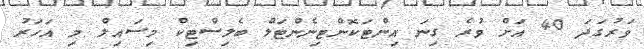
ވަރުގަދަ 40 އަށް ވުރެ ގިނަ އިންޓަކޮންޓިނެންޓަލް ބެލިސްޓިކް މިސައިލް މި އަހަރު